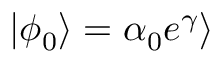
| \phi _ { 0 } \rangle = \alpha _ { 0 } e ^ { \gamma } \rangle